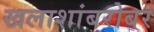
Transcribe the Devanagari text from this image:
खलाशांबरोबर